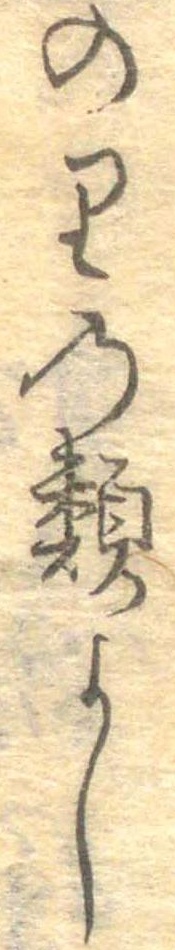
のりの類よし